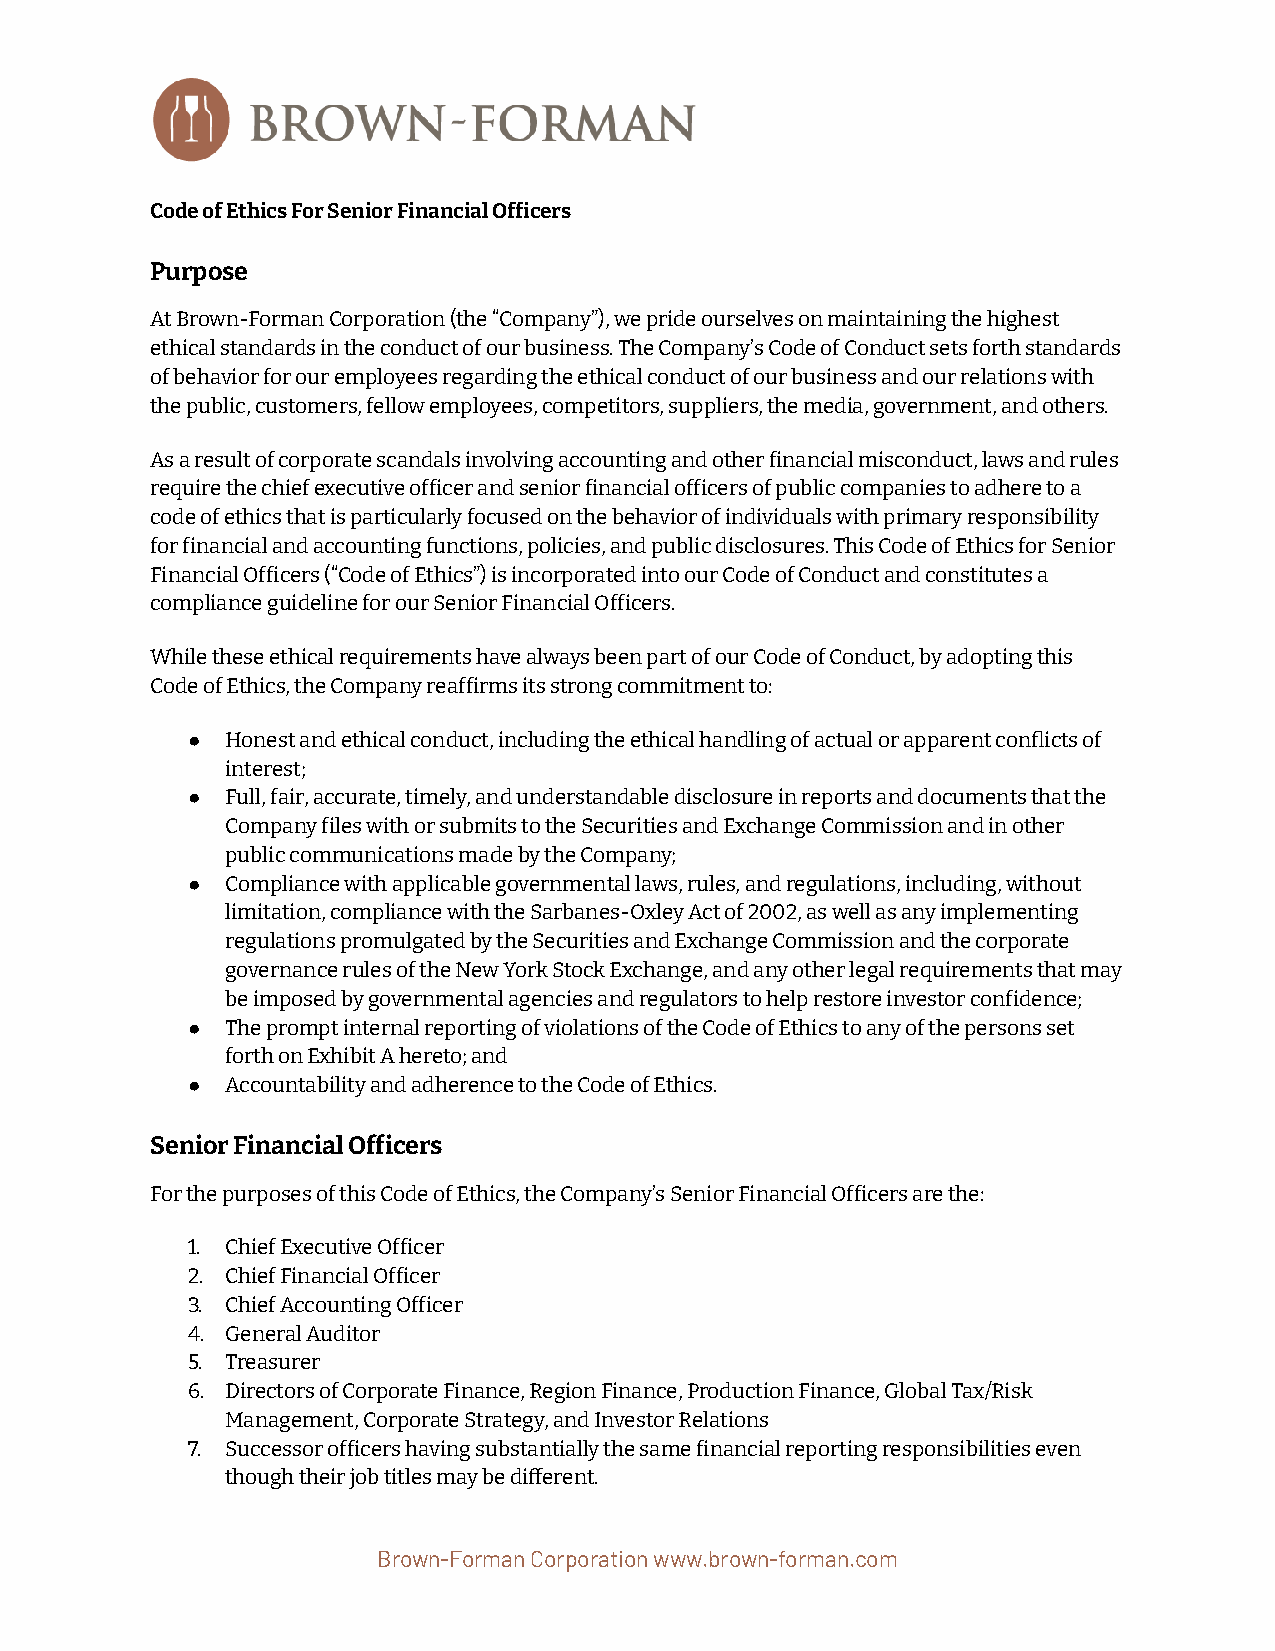
Code of Ethics For Senior Financial Oficers
 Purpose
 At Brown-Forman Corporation (the “Company”), we prideourselves on maintaining the highest
 ethical standards in the conduct of our business.The Company’s Code of Conduct sets forth standards
 of behavior for our employees regarding the ethicalconduct of our business and our relations with
 the public, customers, fellow employees, competitors,suppliers, the media, government, and others.
 As a result of corporate scandals involving accountingand other inancial misconduct, laws and rules
 require the chief executive oficer and senior inancialoficers of public companies to adhere to a
 code of ethics that is particularly focused on thebehavior of individuals with primary responsibility
 for inancial and accounting functions, policies,and public disclosures. This Code of Ethics for Senior
 Financial Oficers (“Code of Ethics”) is incorporatedinto our Code of Conduct and constitutes a
 compliance guideline for our Senior Financial Oficers.
 While these ethical requirements have always beenpart of our Code of Conduct, by adopting this
 Code of Ethics, the Company reafirms its strong commitmentto:
 ●  Honest and ethical conduct, including the ethicalhandling of actual or apparent conflicts of
 interest;
 ●  Full, fair, accurate, timely, and understandable disclosurein reports and documents that the
 Company iles with or submits to the Securities andExchange Commission and in other
 public communications made by the Company;
 ●  Compliance with applicable governmental laws, rules,and regulations, including, without
 limitation, compliance with the Sarbanes-Oxley Actof 2002, as well as any implementing
 regulations promulgated by the Securities and ExchangeCommission and the corporate
 governance rules of the New York Stock Exchange, andany other legal requirements that may
 be imposed by governmental agencies and regulatorsto help restore investor conidence;
 ●  The prompt internal reporting of violations of theCode of Ethics to any of the persons set
 forth on Exhibit A hereto; and
 ●  Accountability and adherence to the Code of Ethics.
 Senior Financial Oficers
 For the purposes of this Code of Ethics, the Company’sSenior Financial Oficers are the:
 1. Chief Executive Oficer
 2. Chief Financial Oficer
 3. Chief Accounting Oficer
 4. General Auditor
 5. Treasurer
 6. Directors of Corporate Finance, Region Finance, ProductionFinance, Global Tax/Risk
 Management, Corporate Strategy, and Investor Relations
 7. Successor oficers having substantially the same inancialreporting responsibilities even
 though their job titles may be dierent.
 Brown-Forman Corporation www.brown-forman.com